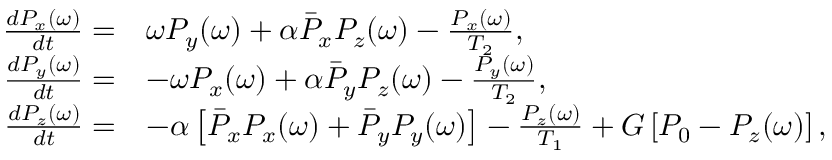
\begin{array} { r l } { \frac { d P _ { x } ( \omega ) } { d t } = } & { \omega P _ { y } ( \omega ) + \alpha \bar { P } _ { x } P _ { z } ( \omega ) - \frac { P _ { x } ( \omega ) } { T _ { 2 } } , } \\ { \frac { d P _ { y } ( \omega ) } { d t } = } & { - \omega P _ { x } ( \omega ) + \alpha \bar { P } _ { y } P _ { z } ( \omega ) - \frac { P _ { y } ( \omega ) } { T _ { 2 } } , } \\ { \frac { d P _ { z } ( \omega ) } { d t } = } & { - \alpha \left[ \bar { P } _ { x } P _ { x } ( \omega ) + \bar { P } _ { y } P _ { y } ( \omega ) \right] - \frac { P _ { z } ( \omega ) } { T _ { 1 } } + G \left[ P _ { 0 } - P _ { z } ( \omega ) \right] , } \end{array}